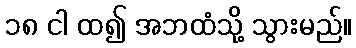
၁၈ ငါ ထ၍ အဘထံသို့ သွားမည်။